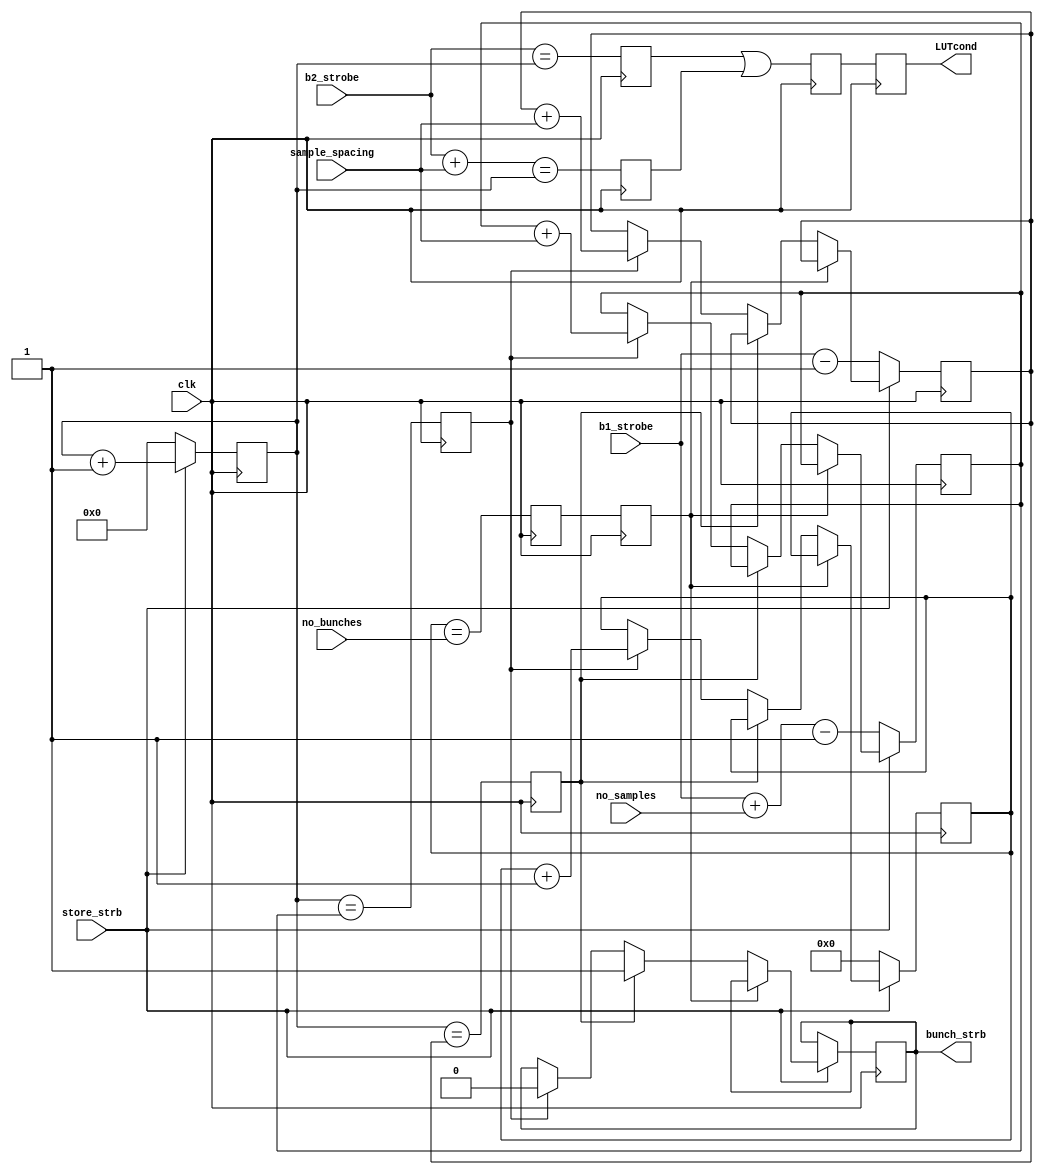
module Timing(
		output reg bunch_strb,
		input store_strb,
		input clk,
		input [7:0] b1_strobe,
		input [7:0] b2_strobe,
		input [1:0] no_bunches,
		input [3:0] no_samples,
		input [7:0] sample_spacing,
		output reg LUTcond
    );
reg [4:0] bunch_counter=0;
initial bunch_strb=0;
(* equivalent_register_removal = "no"*) reg [7:0] i;
reg [7:0] start_bunch_strb=0;
reg [7:0] end_bunch_strb=0;
reg strbA = 1'b0, strbB = 1'b0, strbC = 1'b0;
always @ (posedge clk) begin
strbA <= (b2_strobe==i);
strbB <= (b2_strobe+sample_spacing==i);
strbC <= (strbA || strbB);
LUTcond <= strbC;
if (store_strb) begin
i<=i+1;
end
else i<=0;
end
reg cond1,cond1_a, cond2, cond3;
always @ (posedge clk) begin
cond1_a<=bunch_counter==no_bunches; 
cond1<=cond1_a;     
cond2<=i==start_bunch_strb;   
cond3<=i==end_bunch_strb;     
if (~store_strb) begin
bunch_counter<=0;
start_bunch_strb<=b1_strobe-1;
end_bunch_strb<=b1_strobe+no_samples-1; 
end
else if (cond1) begin
end
else begin
if (cond2) bunch_strb<=1;
else if (cond3) begin
	bunch_strb<=0;
	bunch_counter<=bunch_counter+1;
	start_bunch_strb<=start_bunch_strb+sample_spacing;  
	end_bunch_strb<=end_bunch_strb+sample_spacing;      
end
end
end
endmodule